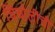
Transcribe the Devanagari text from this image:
चिंचोलींची